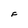
Character: F